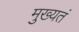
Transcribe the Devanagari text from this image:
मुख्यतं